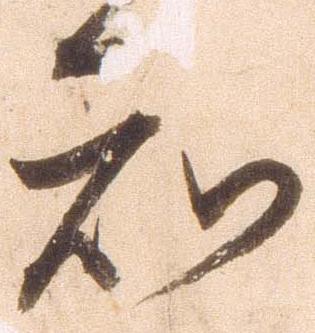
知